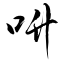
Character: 呏